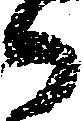
郎